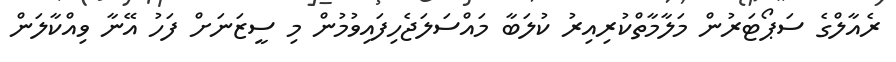
ރެއާލްގެ ސަޕޯޓަރުން މަލާމާތްކުރިއިރު ކުލަބާ މައްސަލަޖެހިފައިވުމުން މި ސީޒަނަށް ފަހު އޭނާ ވިއްކާލަން